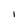
Character: i